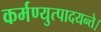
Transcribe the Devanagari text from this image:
कर्मण्युत्पादयन्ते।